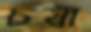
চষা